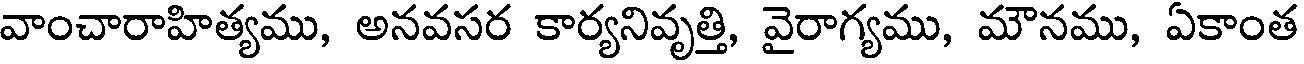
వాంచారాహిత్యము, అనవసర కార్యనివృత్తి, వైరాగ్యము, మౌనము, ఏకాంత